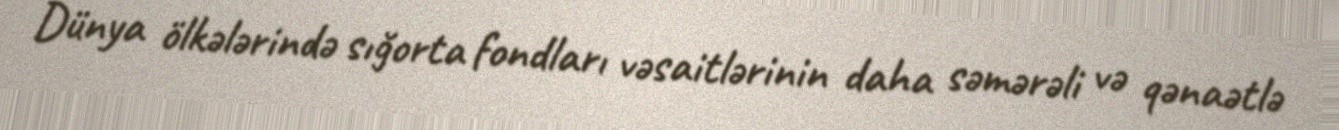
Dünya ölkələrində sığorta fondları vəsaitlərinin daha səmərəli və qənaətlə